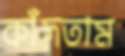
কাঁদতাম